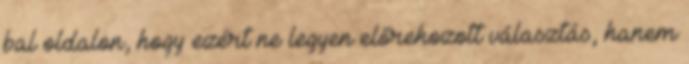
bal oldalon, hogy ezért ne legyen előrehozott választás, hanem